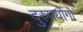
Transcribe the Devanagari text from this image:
दुरुपयोगों